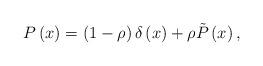
LaTeX: \begin{align*}P\left(x\right) = \left(1 - \rho\right) \delta \left( x \right)+ \rho\tilde{P} \left( x \right), \end{align*}